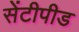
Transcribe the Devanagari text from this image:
सेंटीपीड